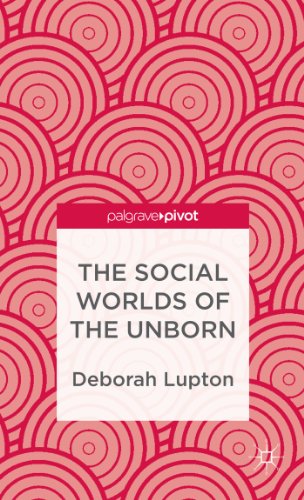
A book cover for The Social Worlds of the Unborn (Palgrave Pivot); Deborah Lupton; Medical Books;